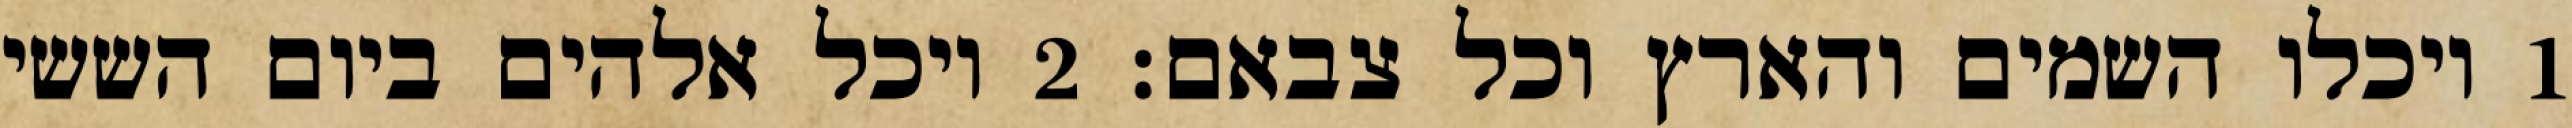
1 ויכלו השמים והארץ וכל צבאם׃ ‎2‏ ויכל אלהים ביום הששי